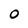
Character: 0